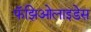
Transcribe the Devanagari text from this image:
फॅझिओलाइडेस